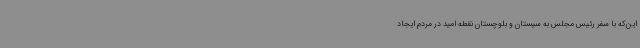
این‌که با سفر رئیس مجلس به سیستان و بلوچستان نقطه امید در مردم ایجاد